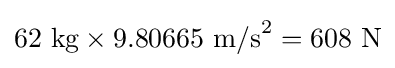
62{\text{ kg}}\times 9.80665{\text{ m/s}}^{2}=608{\text{ N}}